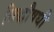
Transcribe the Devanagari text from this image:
सिद्धौषधी